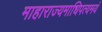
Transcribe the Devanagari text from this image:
माहाराज्यमाधिपत्यमयं